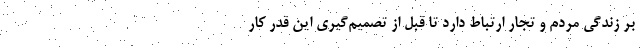
بر زندگی مردم و تجار ارتباط دارد تا قبل از تصمیم‌گیری این قدر کار